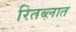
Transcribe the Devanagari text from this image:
रितब्लात